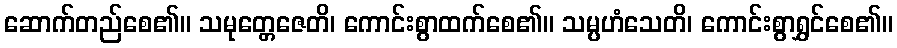
ဆောက်တည်စေ၏။ သမုတ္တေဇေတိ၊ ကောင်းစွာထက်စေ၏။ သမ္ပဟံသေတိ၊ ကောင်းစွာရွှင်စေ၏။